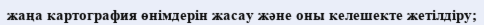
жаңа картография өнімдерін жасау және оны келешекте жетілдіру;